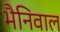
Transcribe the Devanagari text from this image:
भैनिवाल